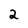
Character: 2